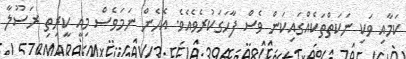
ކަމާއި ވަކި ނަކަތްތަކެއްގައިކަން ވެސް ފާހަގަކުރެވެއެވެ. އެހެން ނަމަވެސް މިއީ ކީރިތި ރަސޫލާ